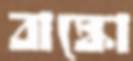
বাঙ্কো